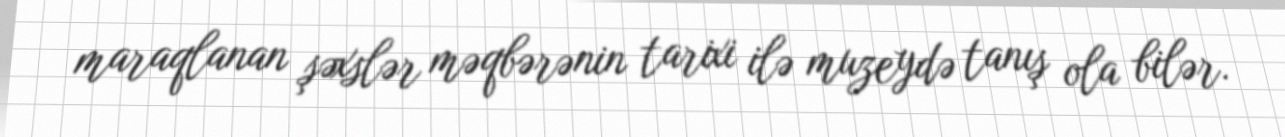
maraqlanan şəxslər məqbərənin tarixi ilə muzeydə tanış ola bilər.